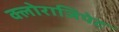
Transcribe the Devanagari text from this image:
क्लोराजिपेट